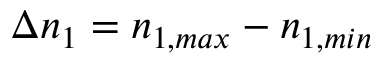
\Delta n _ { 1 } = n _ { 1 , m a x } - n _ { 1 , m i n }